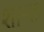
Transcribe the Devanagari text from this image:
शान्तः